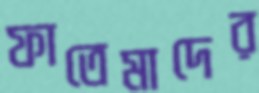
ফাতেমাদের